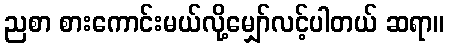
ညစာ စားကောင်းမယ်လို့မျှော်လင့်ပါတယ် ဆရာ။